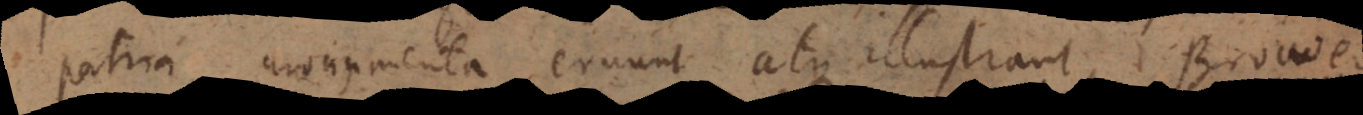
patria monumenta eruunt atque illustrant, Browe